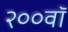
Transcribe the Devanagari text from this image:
२००वॉ